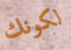
لكونك